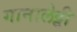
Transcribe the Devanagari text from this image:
गानालेट्टी